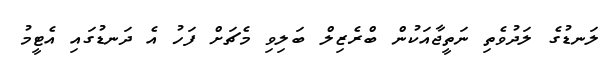
ލަނޑުގެ ލަދުވެތި ނަތީޖާއަކުން ބްރެޒިލް ބަލިވި މެޗަށް ފަހު އެ ދަނޑުގައި އެޓީމު